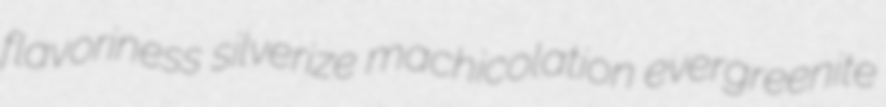
flavoriness silverize machicolation evergreenite